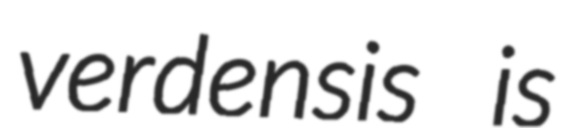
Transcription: verdensis is